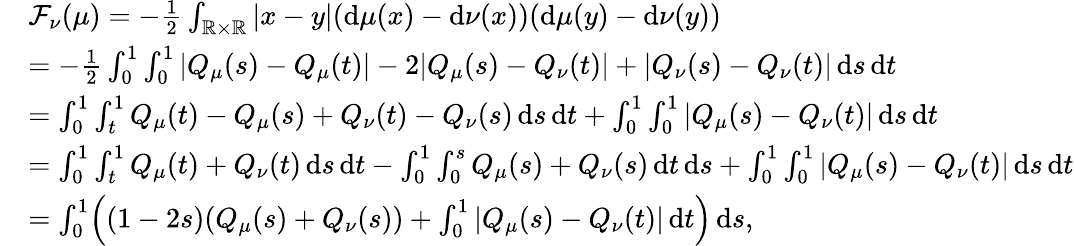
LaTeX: \begin{array}{rl}&{\mathcal F_{\nu}(\mu)=-\frac 12\int_{\mathbb{R}\times\mathbb{R}}|x-y|(\mathrm{d}\mu(x)-\mathrm{d}\nu(x))(\mathrm{d}\mu(y)-\mathrm{d}\nu(y))}\\ &{=-\frac 12\int_{0}^{1}\int_{0}^{1}|Q_{\mu}(s)-Q_{\mu}(t)|-2|Q_{\mu}(s)-Q_{\nu}(t)|+|Q_{\nu}(s)-Q_{\nu}(t)|\, \mathrm{d}s\, \mathrm{d}t}\\ &{=\int_{0}^{1}\int_{t}^{1}Q_{\mu}(t)-Q_{\mu}(s)+Q_{\nu}(t)-Q_{\nu}(s)\, \mathrm{d}s\, \mathrm{d}t+\int_{0}^{1}\int_{0}^{1}|Q_{\mu}(s)-Q_{\nu}(t)|\, \mathrm{d}s\, \mathrm{d}t}\\ &{=\int_{0}^{1}\int_{t}^{1}Q_{\mu}(t)+Q_{\nu}(t)\, \mathrm{d}s\, \mathrm{d}t-\int_{0}^{1}\int_{0}^{s}Q_{\mu}(s)+Q_{\nu}(s)\, \mathrm{d}t\, \mathrm{d}s+\int_{0}^{1}\int_{0}^{1}|Q_{\mu}(s)-Q_{\nu}(t)|\, \mathrm{d}s\, \mathrm{d}t}\\ &{=\int_{0}^{1}\Bigl((1-2s)(Q_{\mu}(s)+Q_{\nu}(s))+\int_{0}^{1}|Q_{\mu}(s)-Q_{\nu}(t)|\, \mathrm{d}t\Bigr)\, \mathrm{d}s,}\end{array}